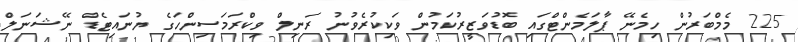
225 މެމްބަރުން ހިމެނޭ ޕާލަމެންޓްގައި ބޮޑުވަޒީރުކަމުން ވަކިކުރެވުނު ރަނިލް ވިކްރަމަސިންހަގެ ޔުނައިޓެޑް ނޭޝަނަލް